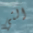
التي